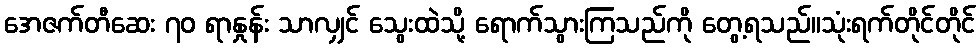
အေဇက်တီဆေး ၇၀ ရာနှုန်း သာလျှင် သွေးထဲသို့ ရောက်သွားကြသည်ကို တွေ့ရသည်။သုံးရက်တိုင်တိုင်